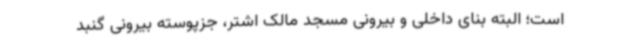
است؛ البته بنای داخلی و بیرونی مسجد مالک اشتر، جزپوسته بیرونی گنبد